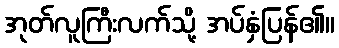
အုတ်လူကြီးလက်သို့ အပ်နှံပြန်၏။